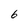
Character: 6